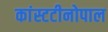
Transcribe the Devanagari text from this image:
कांस्टटीनोपाल